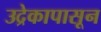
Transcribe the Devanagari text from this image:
उद्रेकापासून